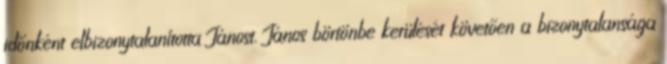
időnként elbizonytalanította Jánost. János börtönbe kerülését követően a bizonytalansága